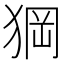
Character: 𱮂